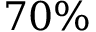
7 0 \%